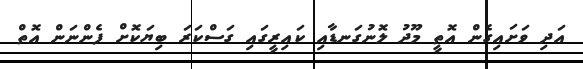
އަދި ވަށައިގެން އޮތީ މޫދު ލޮނުގަނޑާއި ކައިރީގައި ގަސްކަރަ ބިޔަކޮށް ފެންނަން އޮތް